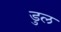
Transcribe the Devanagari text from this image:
डुल